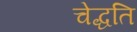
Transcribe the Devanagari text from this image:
चेद्धति